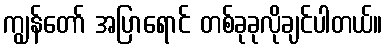
ကျွန်တော် အပြာရောင် တစ်ခုခုလိုချင်ပါတယ်။